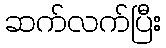
ဆက်လက်ပြီး